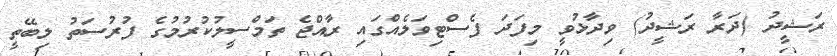
ރަޝީދު (ދަރާ ރަޝީދު) ވިދާޅުވީ މިފަދަ ފެސްޓިވަލެއްގައި ރާއްޖެ ތަމްސީލުކުރުމުގެ ފުރުސަތު ލިބޭތީ